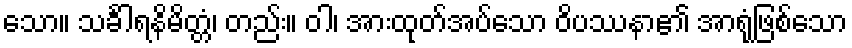
သော။ သင်္ခါရနိမိတ္တံ၊ တည်း။ ဝါ၊ အားထုတ်အပ်သော ဝိပဿနာ၏ အာရုံဖြစ်သော